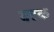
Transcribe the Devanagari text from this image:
वटक